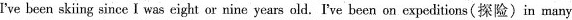
I've been sk ing since I was eight or nine years old.I've been on expeditions(探险)in many